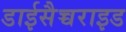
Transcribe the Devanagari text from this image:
डाईसैच्चराइड